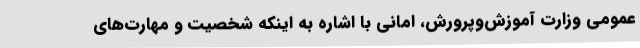
عمومی وزارت آموزش‌وپرورش، امانی با اشاره به اینکه شخصیت و مهارت‌های